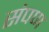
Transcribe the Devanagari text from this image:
संपण